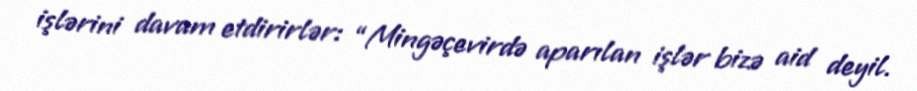
işlərini davam etdirirlər: “Mingəçevirdə aparılan işlər bizə aid deyil.